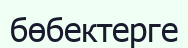
бөбектерге